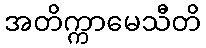
အတိက္ကာမေသီတိ